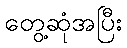
တွေ့ဆုံအပြီး